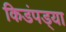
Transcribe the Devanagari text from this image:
किडंपड्या